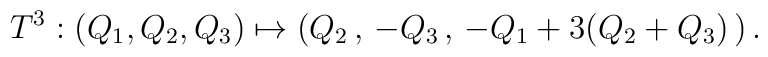
T^3 :  (Q_1,Q_2, Q_3) \mapsto (Q_2\,,\,  -Q_3\, ,\,  -Q_1 + 3 (Q_2 + Q_3)\, ) \,.